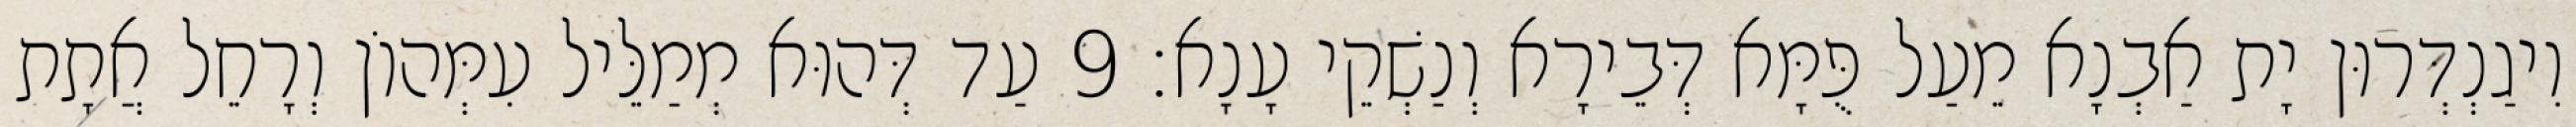
וִיגַנְדְּרוּן יָת אַבְנָא מֵעַל פֻּמָּא דְּבֵירָא וְנַשְׁקֵי עָנָא׃ 9 עַד דְּהוּא מְמַלֵּיל עִמְּהוֹן וְרָחֵל אֲתָת